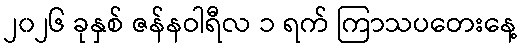
၂၀၂၆ ခုနှစ် ဇန်နဝါရီလ ၁ ရက် ကြာသပတေးနေ့